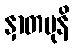
နှာတမုနိ